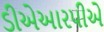
ડીએઆરપીએ